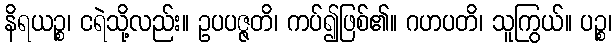
နိရယဉ္စ၊ ငရဲသို့လည်း။ ဥပပဇ္ဇတိ၊ ကပ်၍ဖြစ်၏။ ဂဟပတိ၊ သူကြွယ်။ ပဉ္စ၊